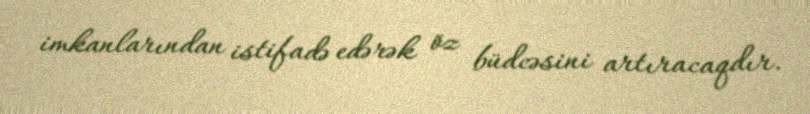
imkanlarından istifadə edərək öz büdcəsini artıracaqdır.